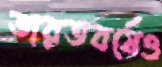
ভারতবর্ষেও